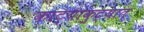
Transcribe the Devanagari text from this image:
काट्याकुट्यात